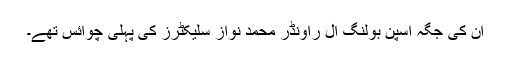
اُن کی جگہ اسپن بولنگ آل راؤنڈر محمد نواز سلیکٹرز کی پہلی چوائس تھے۔